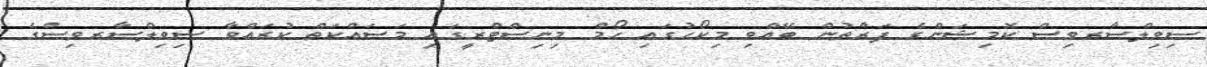
ސިވިލްސާރވިސް ކޮމިޝަންގެ ފަރާުތުން ބޭއްވި މިކޯހުގައި ހޯމް މިނިސްޓްރީގައި މަސައްކަތް ކުރައްވާ ސިވިލްސާރވިސްގެ